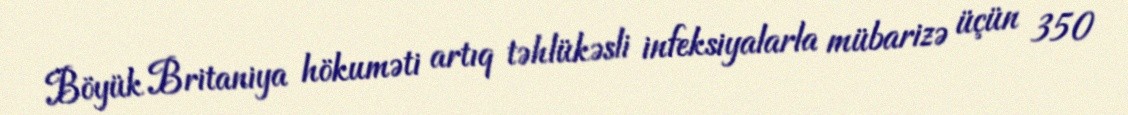
Böyük Britaniya hökuməti artıq təhlükəsli infeksiyalarla mübarizə üçün 350